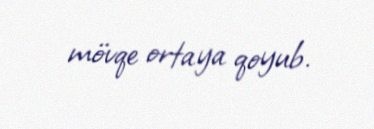
mövqe ortaya qoyub.